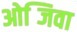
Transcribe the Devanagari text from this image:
ओब्जिवा